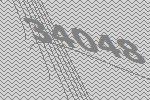
34048